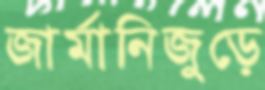
জার্মানিজুড়ে